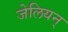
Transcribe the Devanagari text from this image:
जेलियन्